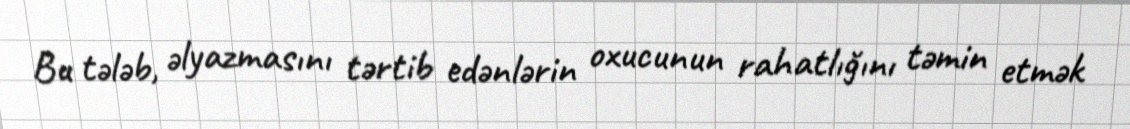
Bu tələb, əlyazmasını tərtib edənlərin oxucunun rahatlığını təmin etmək